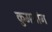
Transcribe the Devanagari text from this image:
कुमगांग